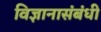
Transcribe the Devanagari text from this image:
विज्ञानासंबंधी